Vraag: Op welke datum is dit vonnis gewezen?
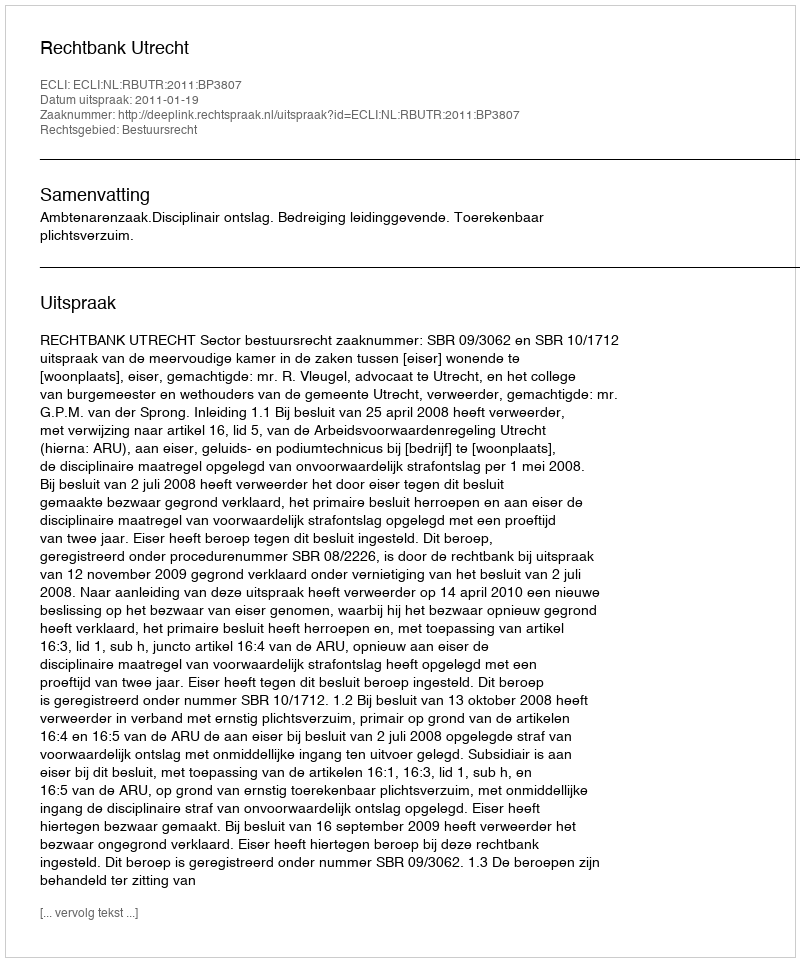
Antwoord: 2011-01-19